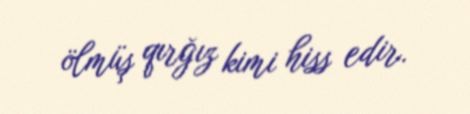
ölmüş qırğız kimi hiss edir.